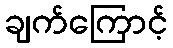
ချက်ကြောင့်